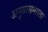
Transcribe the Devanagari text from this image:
अनुप्रासमयता